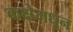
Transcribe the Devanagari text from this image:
कक्षेमधून